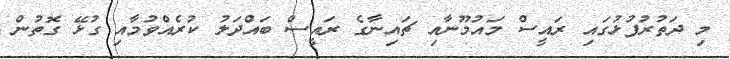
މި ދަތުރުފުޅުގައި ރައީސް މައުމޫނާއި ޗައިނާގެ ރައީސް ބައްދަލު ކުރެއްވުމާއި ގުޅޭ ގޮތުން